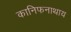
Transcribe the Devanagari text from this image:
कानिफनाथाय